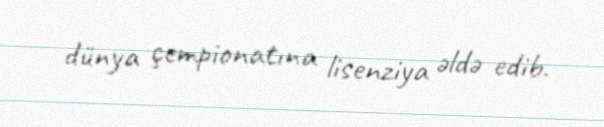
dünya çempionatına lisenziya əldə edib.